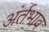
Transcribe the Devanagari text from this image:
अंर्तभाव